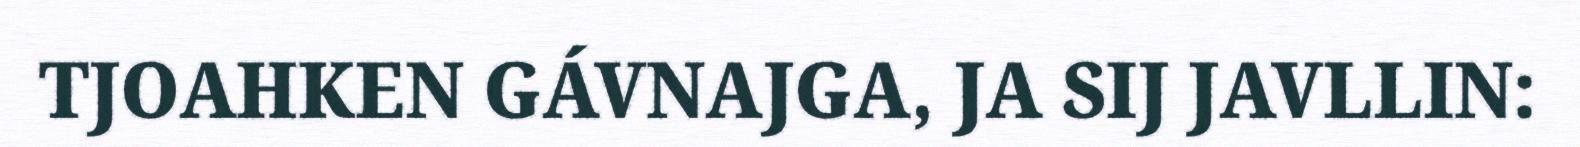
TJOAHKEN GÁVNAJGA, JA SIJ JAVLLIN: